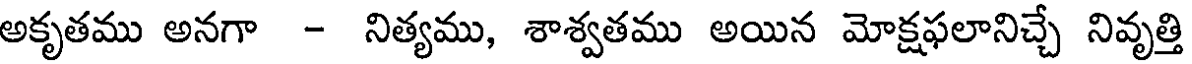
అకృతము అనగా - నిత్యము, శాశ్వతము అయిన మోక్షఫలానిచ్చే నివృత్తి